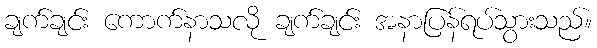
ချက်ချင်း ကောက်နာသလို ချက်ချင်း အနာပြန်ရပ်သွားသည်။